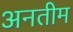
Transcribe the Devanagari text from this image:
अनतीम